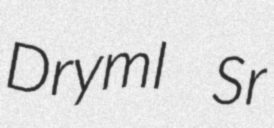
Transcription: Dryml Sr